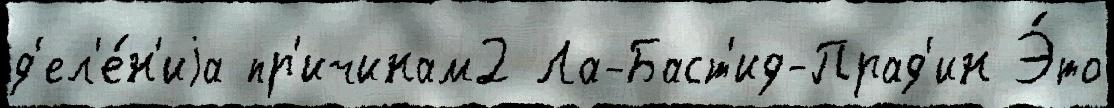
д'ел'е́н'иjа пр'ичинам2 Ла-Баст'ид-Прад'ин Э́то